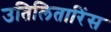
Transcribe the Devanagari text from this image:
उतिलितारिंस